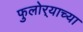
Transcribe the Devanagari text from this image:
फुलोर्‍याच्या